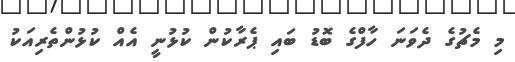
މި މެޗުގެ ދެވަނަ ހާފްގެ ބޮޑު ބައި ޕެރާކުން ކުޅުނީ އެއް ކުޅުންތެރިއަކު